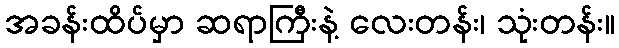
အခန်းထိပ်မှာ ဆရာကြီးနဲ့ လေးတန်း၊ သုံးတန်း။